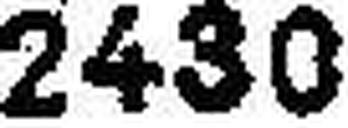
2430